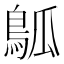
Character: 𬷊